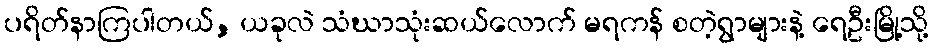
ပရိတ်နာကြပါတယ်, ယခုလဲ သံဃာသုံးဆယ်လောက် မရကန် စတဲ့ရွာများနဲ့ ရေဦးမြို့သို့